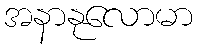
အနာနုလောမာ